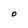
Character: O